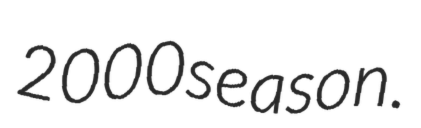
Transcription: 2000 season.